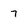
Character: 7